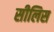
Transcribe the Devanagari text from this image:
सीलिस